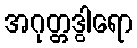
အဂုတ္တဒွါရော